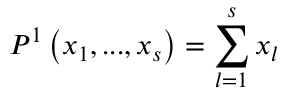
P ^ { 1 } \left( x _ { 1 } , . . . , x _ { s } \right) = \sum _ { l = 1 } ^ { s } x _ { l }